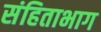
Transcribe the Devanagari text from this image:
संहिताभाग